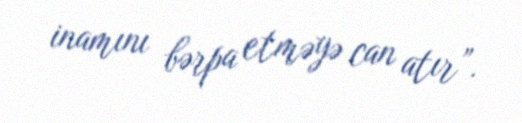
inamını bərpa etməyə can atır”.